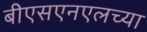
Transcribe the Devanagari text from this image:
बीएसएनएलच्या